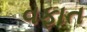
વફાત